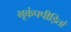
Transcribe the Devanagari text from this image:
भूकंपपीड़ितों